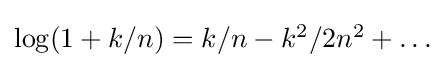
{\textstyle \log(1+{k}/{n})=k/n-k^{2}/2n^{2}+\dots }